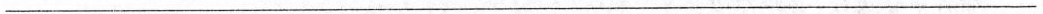
________________________________